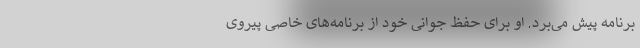
برنامه پیش می‌برد. او برای حفظ جوانی خود از برنامه‌های خاصی پیروی